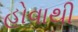
હોવાથી